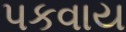
પકવાય